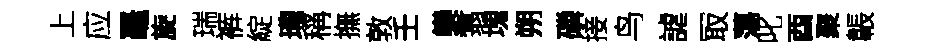
上应鼉旋瑞裤綻瓏稱撫敦壬欒翥塊朔磷接鸟謔冣蕩叱酉聚韔